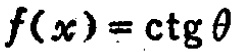
\(f(x)=\ctg\theta\)